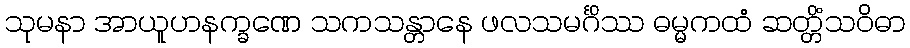
သုမနာ အာယူဟနက္ခဏေ သကသန္တာနေ ဖလသမင်္ဂိဿ ဓမ္မကထံ ဆတ္တိံသဝိဓာ